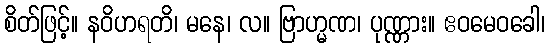
စိတ်ဖြင့်။ နဝိဟရတိ၊ မနေ၊ လ။ ဗြာဟ္မဏ၊ ပုဏ္ဏား။ ဧဝမေဝခေါ၊